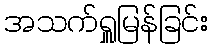
အသက်ရှူမြန်ခြင်း